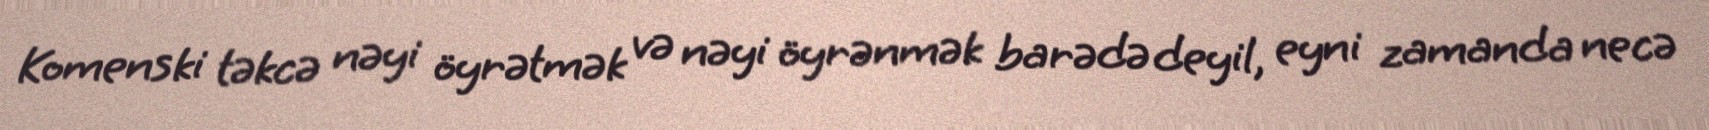
Komenski təkcə nəyi öyrətmək və nəyi öyrənmək barədə deyil, eyni zamanda necə